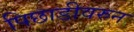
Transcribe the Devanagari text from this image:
पिछाडीवरुन